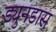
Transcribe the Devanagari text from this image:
ड्युनडास